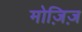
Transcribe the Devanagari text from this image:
मोज़िज़